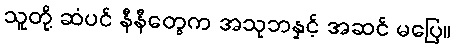
သူတို့ ဆံပင် နီနီတွေက အသုဘနှင့် အဆင် မပြေ။